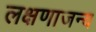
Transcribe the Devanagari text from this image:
लक्षणाजन्य